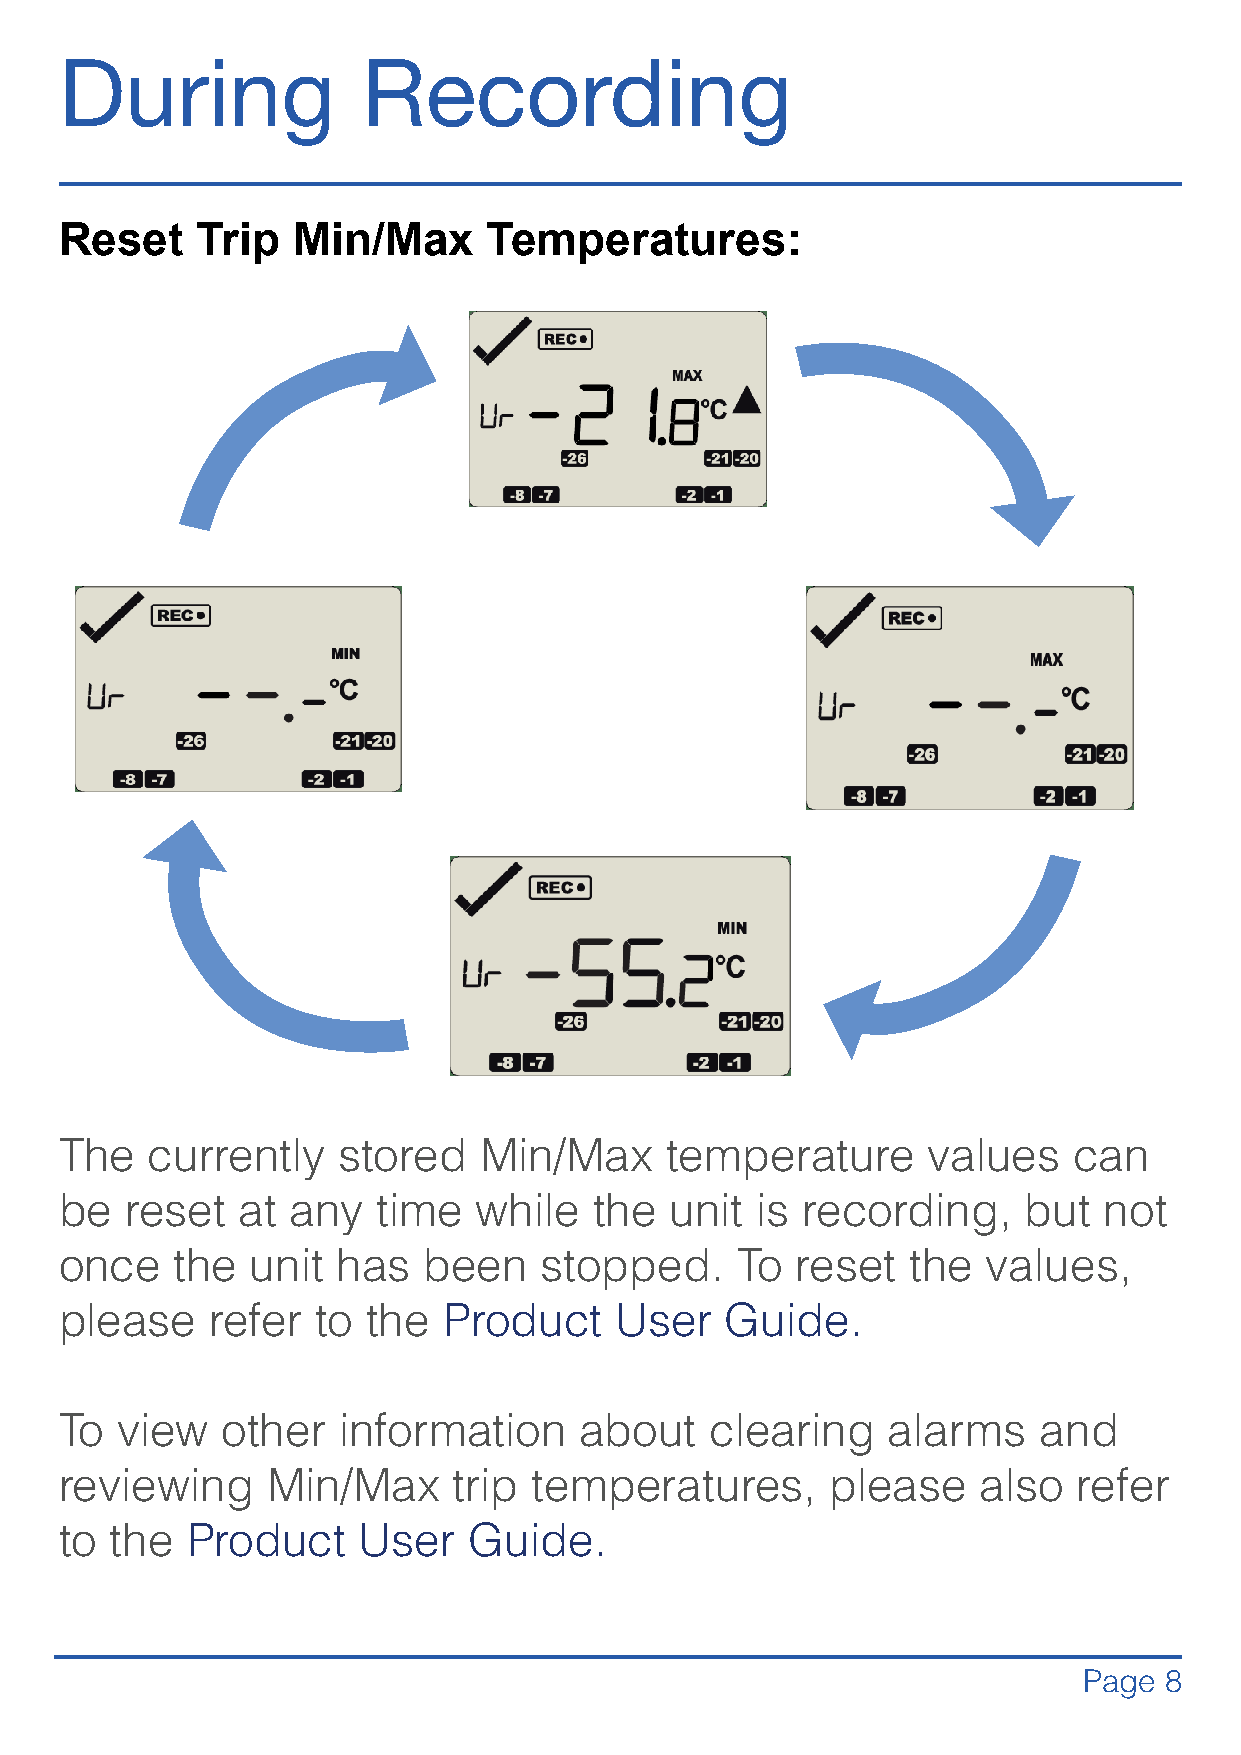
During              Recording
 Reset    Trip  Min/Max      Temperatures:
 The   currently   stored    Min/Max     temperature      values    can
 be  reset   at any   time   while  the  unit  is recording,     but  not
 once   the   unit has   been    stopped.     To  reset  the  values,
 please    refer  to the  Product     User   Guide.
 To  view   other  information     about    clearing    alarms    and
 reviewing     Min/Max     trip temperatures,       please    also  refer
 to the  Product     User   Guide.
 Page 8